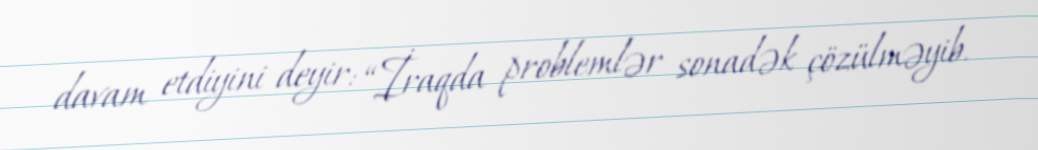
davam etdiyini deyir: “İraqda problemlər sonadək çözülməyib.